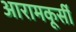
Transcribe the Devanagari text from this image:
आरामकूर्सी